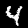
Label: 4